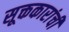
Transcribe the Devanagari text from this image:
सूक्तकारांची